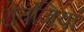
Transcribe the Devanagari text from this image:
शेनजियां